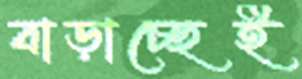
বাড়াচ্ছেই